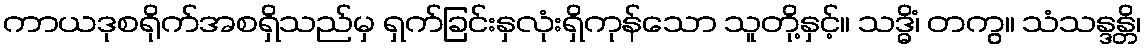
ကာယဒုစရိုက်အစရှိသည်မှ ရှက်ခြင်းနှလုံးရှိကုန်သော သူတို့နှင့်။ သဒ္ဓိံ၊ တကွ။ သံသန္ဒန္တိ၊